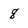
Character: 8